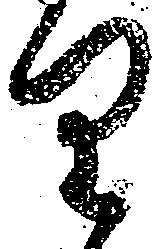
り